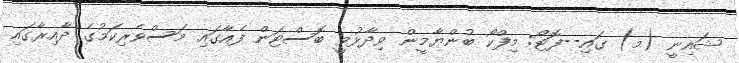
ޝައިނީ (މ) ގައި--ފޮޓޯ: މިފްކޯ ބުންޔާމީން ވިދާޅުވީ ބޮސްޓަން ފެއާގައި މަސްވެރިކަމުގެ ދާއިރާގައި